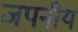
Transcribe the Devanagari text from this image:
जपनीयं